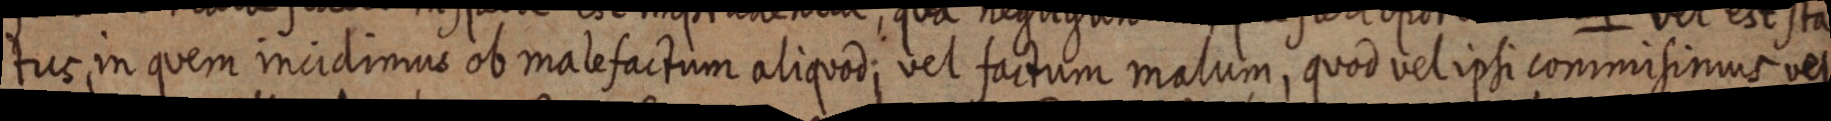
tus, in quem incidimus ob male factum aliquod; vel factum malum, quod vel ipsi commisimus vel